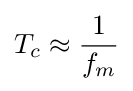
T_{c}\approx {\frac {1}{f_{m}}}